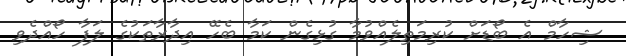
ޝިހާމް އެ ބޯޑަށް ކުރިމަތިލެއްވުމާ ގުޅިގެން ކަމާ ބެހޭ އިދާރާތަކުގެ ލަފާ ހޯއްދެވި